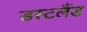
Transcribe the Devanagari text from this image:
डस्टलैंड